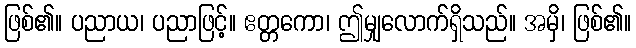
ဖြစ်၏။ ပညာယ၊ ပညာဖြင့်။ ဧတ္တကော၊ ဤမျှလောက်ရှိသည်။ အမှိ၊ ဖြစ်၏။